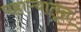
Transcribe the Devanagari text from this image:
पहाऱ्यातून